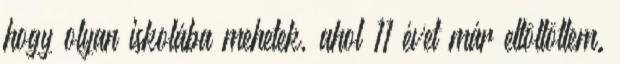
hogy olyan iskolába mehetek, ahol 11 évet már eltöltöttem.